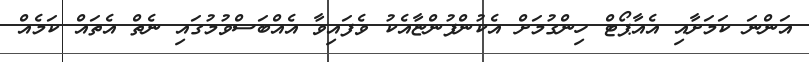
އަންނަ ކަމަށާއި އެއާޕޯޓް ހިންގުމަށް އެކުންފުންޏާއެކު ވެފައިވާ އެއްބަސްވުމުގައި ނެތް އެތައް ކަމެއް